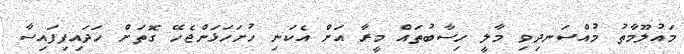
މައުލޫމާތު މުއްސަނދިވި މާލީ ހިސާބުތައް މީރާ އަށް އެކަނި ހުށަހަޅަންޖެހޭ ގޮތަށް ހަދައިފިފައިސާ